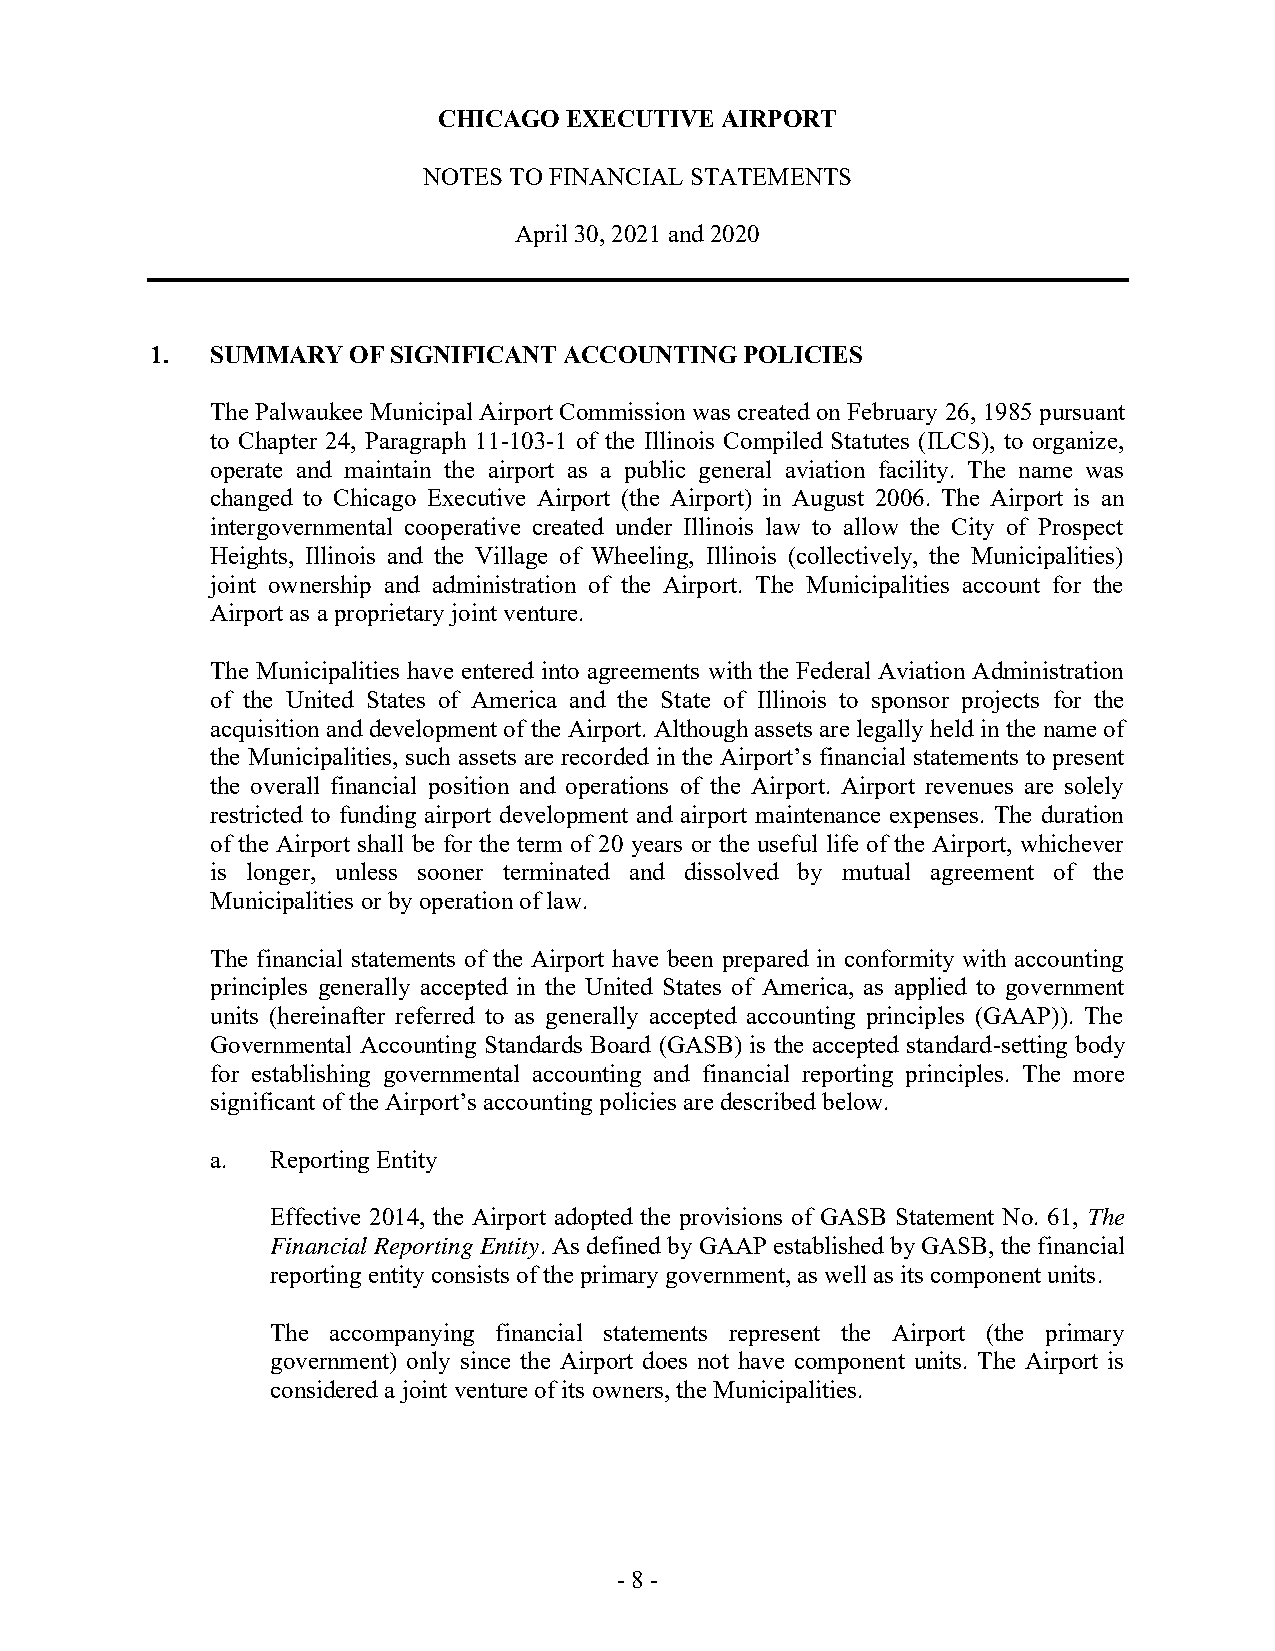
CHICAGO  EXECUTIVE AIRPORT
 NOTES TO FINANCIAL STATEMENTS
 April 30, 2021 and 2020
 1.  SUMMARY  OF SIGNIFICANT ACCOUNTING POLICIES
 The Palwaukee Municipal Airport Commission was created on February 26, 1985 pursuant
 to Chapter 24, Paragraph 11-103-1 of the Illinois Compiled Statutes (ILCS), to organize,
 operate and maintain the airport as a public general aviation facility. The name was
 changed to Chicago Executive Airport (the Airport) in August 2006. The Airport is an
 intergovernmental cooperative created under Illinois law to allow the City of Prospect
 Heights, Illinois and the Village of Wheeling, Illinois (collectively, the Municipalities)
 joint ownership and administration of the Airport. The Municipalities account for the
 Airport as a proprietary joint venture.
 The Municipalities have entered into agreements with the Federal Aviation Administration
 of the United States of America and the State of Illinois to sponsor projects for the
 acquisition and development of the Airport. Although assets are legally held in the name of
 the Municipalities, such assets are recorded in the Airport’s financial statements to present
 the overall financial position and operations of the Airport. Airport revenues are solely
 restricted to funding airport development and airport maintenance expenses. The duration
 of the Airport shall be for the term of 20 years or the useful life of the Airport, whichever
 is longer, unless sooner terminated and dissolved by mutual agreement of the
 Municipalities or by operation of law.
 The financial statements of the Airport have been prepared in conformity with accounting
 principles generally accepted in the United States of America, as applied to government
 units (hereinafter referred to as generally accepted accounting principles (GAAP)). The
 Governmental Accounting Standards Board (GASB) is the accepted standard-setting body
 for establishing governmental accounting and financial reporting principles. The more
 significant of the Airport’s accounting policies are described below.
 a.  Reporting Entity
 Effective 2014, the Airport adopted the provisions of GASB Statement No. 61, The
 Financial Reporting Entity. As defined by GAAP established by GASB, the financial
 reporting entity consists of the primary government, as well as its component units.
 The accompanying financial statements represent the Airport (the primary
 government) only since the Airport does not have component units. The Airport is
 considered a joint venture of its owners, the Municipalities.
 - 8 -